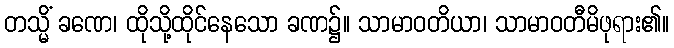
တသ္မိံ ခဏေ၊ ထိုသို့ထိုင်နေသော ခဏ၌။ သာမာဝတိယာ၊ သာမာဝတီမိဖုရား၏။